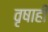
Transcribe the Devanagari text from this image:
वृषाही